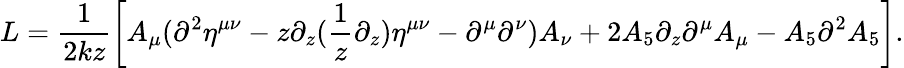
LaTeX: L=\frac{1}{2kz}\left[A_{\mu}(\partial^{2}\eta^{\mu\nu}-z\partial_{z}(\frac{1}{z}\partial_{z})\eta^{\mu\nu}-\partial^{\mu}\partial^{\nu})A_{\nu}+2A_{5}\partial_{z}\partial^{\mu}A_{\mu}-A_{5}\partial^{2}A_{5}\right].